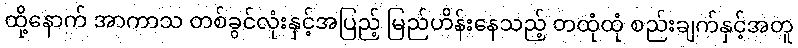
ထို့နောက် အာကာသ တစ်ခွင်လုံးနှင့်အပြည့် မြည်ဟိန်းနေသည့် တထုံထုံ စည်းချက်နှင့်အတူ